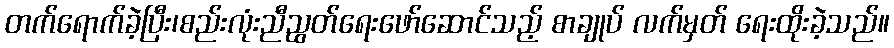
တက်ရောက်ခဲ့ပြီး၊စည်းလုံးညီညွတ်ရေးဖော်ဆောင်သည့် စာချုပ် လက်မှတ် ရေးထိုးခဲ့သည်။